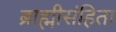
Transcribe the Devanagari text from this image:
ब्राह्मीसंहिता